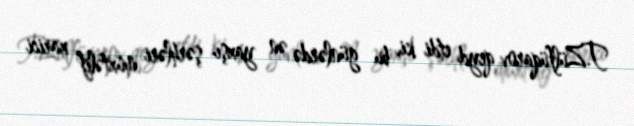
T.Zülfüqarov qeyd etdi ki, bu günlərdə ən yaxşı şərhləri müxtəlif xarici